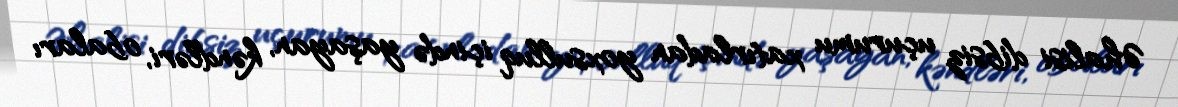
Əhalisi dibsiz uçurumu xatırladan yoxsulluq içində yaşayan, kəndləri, obaları